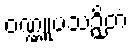
ဝဏ္ဏူပသဉှိတံ